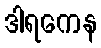
ဒါရကေန